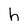
Character: h